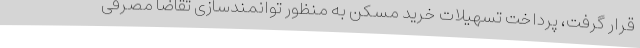
قرار گرفت، پرداخت تسهیلات خرید مسکن به منظور توانمندسازی تقاضا مصرفی